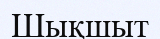
Шықшыт